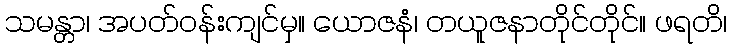
သမန္တာ၊ အပတ်ဝန်းကျင်မှ။ ယောဇနံ၊ တယူဇနာတိုင်တိုင်။ ဖရတိ၊